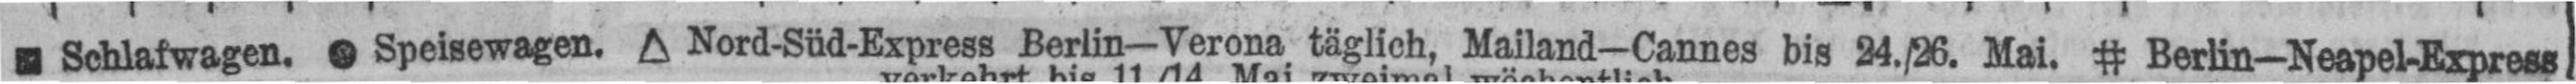
▄ Schlafwagen. ● Speisewagen. Δ Nord-Süd-Express Berlin—Verona täglich, Mailand—Cannes bis 24./26. Mai. # Berlin—Neapel-Express